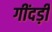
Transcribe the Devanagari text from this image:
गींदड़ी